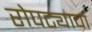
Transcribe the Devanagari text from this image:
रोपट्याचा